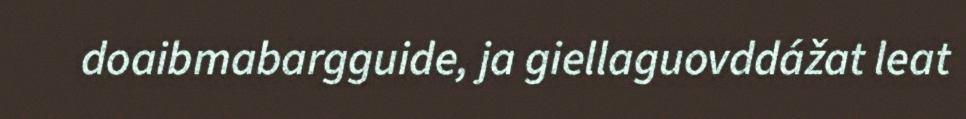
doaibmabargguide, ja giellaguovddážat leat